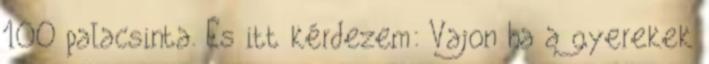
100 palacsinta. És itt kérdezem: Vajon ha a gyerekek